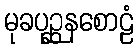
မုခပုဉ္ဆနစောဠံ